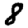
Digit: 8